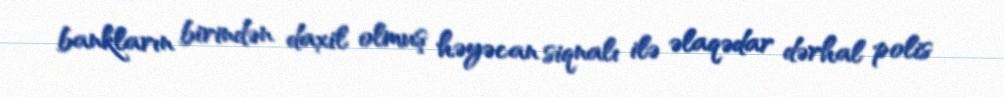
bankların birindən daxil olmuş həyəcan siqnalı ilə əlaqədar dərhal polis